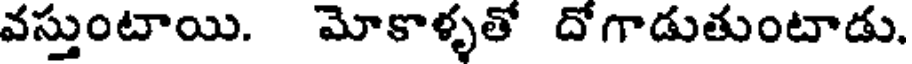
వస్తుంటాయి. మోకాళ్ళతో దోగాడుతుంటాడు.